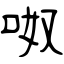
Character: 呶